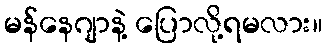
မန်နေဂျာနဲ့ ပြောလို့ရမလား။